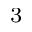
^ { 3 }